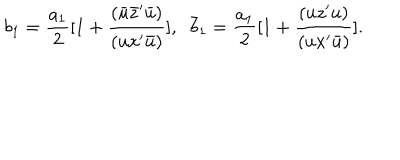
LaTeX: b _ { 1 } = { \frac { a _ { 1 } } { 2 } } [ 1 + { \frac { ( { \bar { u } } { \bar { z } } ^ { \prime } { \bar { u } } ) } { ( u x ^ { \prime } { \bar { u } } ) } } ] , \; \; { \bar { b } _ { 1 } } = { \frac { a _ { 1 } } { 2 } } [ 1 + { \frac { ( u { z } ^ { \prime } u ) } { ( u x ^ { \prime } \bar { u } ) } } ] .